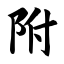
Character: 附